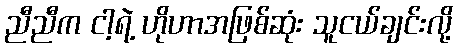
ညီညီက ငါ့ရဲ့ ဟိုဟာအဖြစ်ဆုံး သူငယ်ချင်းလို့